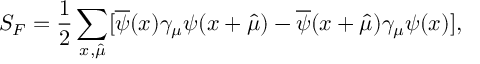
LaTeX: S _ { F } = \frac { 1 } { 2 } \sum _ { x , \hat { \mu } } [ \overline { { { \psi } } } ( x ) \gamma _ { \mu } \psi ( x + \hat { \mu } ) - \overline { { { \psi } } } ( x + \hat { \mu } ) \gamma _ { \mu } \psi ( x ) ] ,